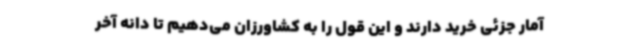
آمار جزئی خرید دارند و این قول را به کشاورزان می‌دهیم تا دانه آخر